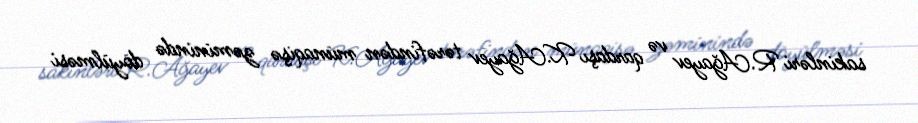
sakinləri R.Ağayev və qardaşı K.Ağayev tərəfindən münaqişə zəminində döyülməsi